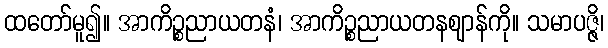
ထတော်မူ၍။ အာကိဉ္စညာယတနံ၊ အာကိဉ္စညာယတနဈာန်ကို။ သမာပဇ္ဇိ၊